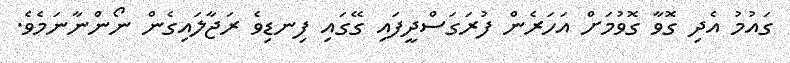
ގައުމު އެދި ގޮވާ ގޮވުމަށް އަހަރެން ފުރަގަސްދީފައި ގޭގައި ފިނޑިވެ ރަޖާލައިގެން ނޯންނާނަމެވެ.